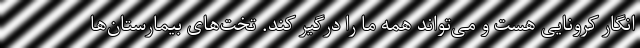
انگار کرونایی هست و می‌تواند همه ما را درگیر کند. تخت‌های بیمارستان‌ها